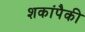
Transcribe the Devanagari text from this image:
शकांपैकी